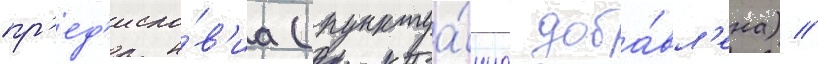
пр'ед'исло́в'иа (пунктуа́циа доба́вл'ена) //